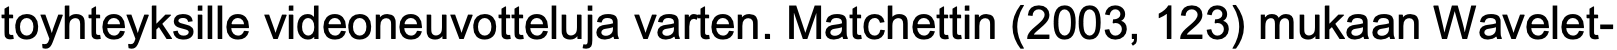
toyhteyksille videoneuvotteluja varten. Matchettin (2003, 123) mukaan Wavelet-